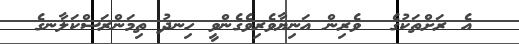
އެ ރަށްތަކުގެ  ވެރިން އަނިޔާވެރިވެގެންވީ ހިނދު ތިމަންރަސްކަލާނގެ